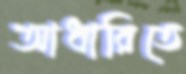
আধারিতে